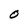
Character: O